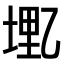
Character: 𫡭